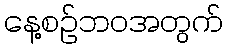
နေ့စဉ်ဘဝအတွက်